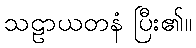
သဠာယတနံ ပြီး၏။